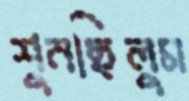
শুনছিলুম